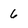
Character: 6